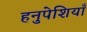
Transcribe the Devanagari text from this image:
हनुपेशियाँ